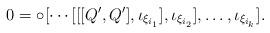
LaTeX: \begin{align*} 0=\circ[\cdots[[[Q',Q'],\iota_{\xi_{i_1}}],\iota_{\xi_{i_2}}],\ldots,\iota_{\xi_{i_k}}]. \end{align*}